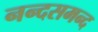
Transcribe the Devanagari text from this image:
नन्‍दसमन्‍द